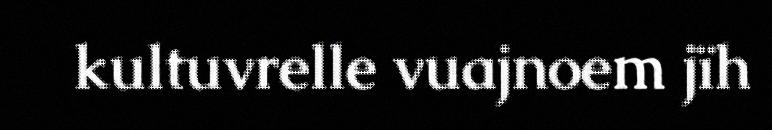
kultuvrelle vuajnoem jïh